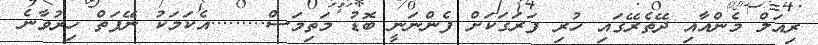
ރިއަލް މެންއާއި ދޭތެރޭގައި ހުރި ފަރަގަކަށް ފެންނަނީ ބޮޑު މަތިމަސް.........އެކަމަކު ނޭފަތް ހިރުވާނެ